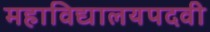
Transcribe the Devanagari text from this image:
महाविद्यालयपदवी